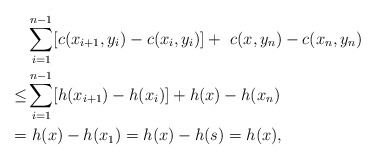
\begin{align*} &\sum_{i=1}^{n-1}[c(x_{i+1},y_i)-c(x_i,y_i)]+\ c(x,y_n)-c(x_n,y_n) \\\leq &\sum_{i=1}^{n-1}[h(x_{i+1})-h(x_i)]+h(x)-h(x_n)\\ = &\ h(x)-h(x_1)=h(x)-h(s)=h(x), \end{align*}